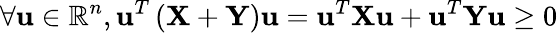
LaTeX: \forall\mathbf{u}\in\mathbb{R}^{n},\mathbf{u}^{T}\left(\mathbf{X}+\mathbf{Y}\right)\mathbf{u}=\mathbf{u}^{T}\mathbf{X}\mathbf{u}+\mathbf{u}^{T}\mathbf{Y}\mathbf{u}\geq 0